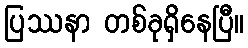
ပြဿနာ တစ်ခုရှိနေပြီ။